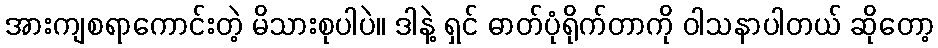
အားကျစရာကောင်းတဲ့ မိသားစုပါပဲ။ ဒါနဲ့ ရှင် ဓာတ်ပုံရိုက်တာကို ဝါသနာပါတယ် ဆိုတော့